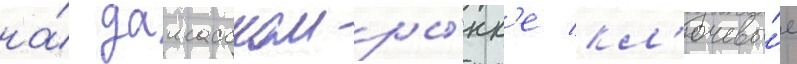
на́ дамасском ры́нк'е кл'ючевы́е